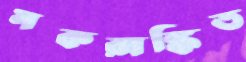
মকরাঙ্কিত